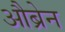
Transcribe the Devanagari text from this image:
औब्रेन